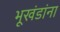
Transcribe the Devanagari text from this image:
भूखंडांना